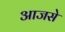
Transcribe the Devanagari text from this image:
आजसे